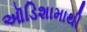
ઑડિશામાથી